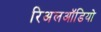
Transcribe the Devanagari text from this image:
रिअलऑडियो